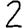
Digit: 2